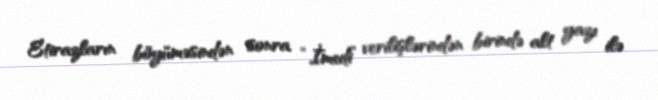
Etirazların böyüməsindən sonra “İmedi” verilişlərindən birində alt yazı ilə